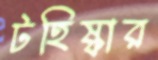
টহিষ্কার